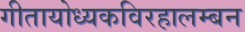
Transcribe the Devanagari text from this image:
गीतायोध्यकविरहालम्बन